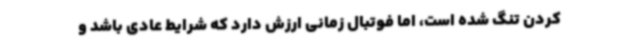
کردن تنگ شده است، اما فوتبال زمانی ارزش دارد که شرایط عادی باشد و